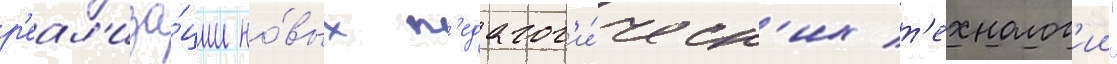
р'еал'иза́ции но́вых п'едагог'и́ческ'их т'ехнолог'ии"